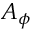
A _ { \phi }